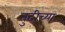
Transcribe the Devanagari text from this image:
तुटीच्या